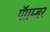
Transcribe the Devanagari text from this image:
पॅग़म्बर